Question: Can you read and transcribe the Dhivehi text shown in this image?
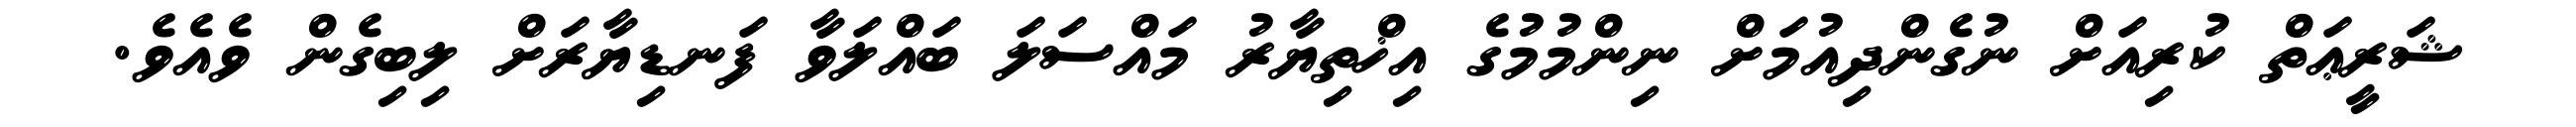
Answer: ޝަރީޢަތް ކުރިއަށް ނުގެންދިއުމަށް ނިންމުމުގެ އިޚްތިޔާރު މައްސަލަ ބައްލަވާ ފަނޑިޔާރަށް ލިބިގެން ވެއެވެ.